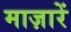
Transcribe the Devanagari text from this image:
माज़ारें